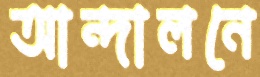
আন্দালনে